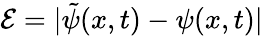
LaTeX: \mathcal{E}=|\tilde{\psi}(x,t)-\psi(x,t)|